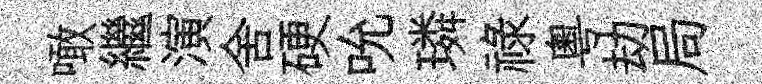
噉繼演舍硬吮璘禄粤劫局